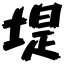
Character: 堤